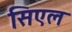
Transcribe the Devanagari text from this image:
सिएल